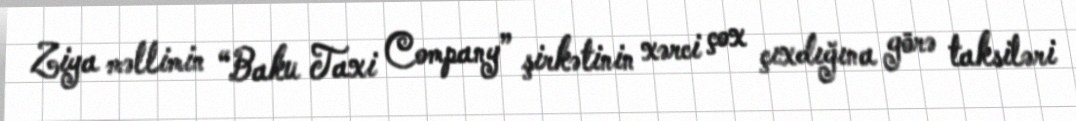
Ziya məllimin “Baku Taxi Company” şirkətinin xərci çox çıxdığına görə taksiləri